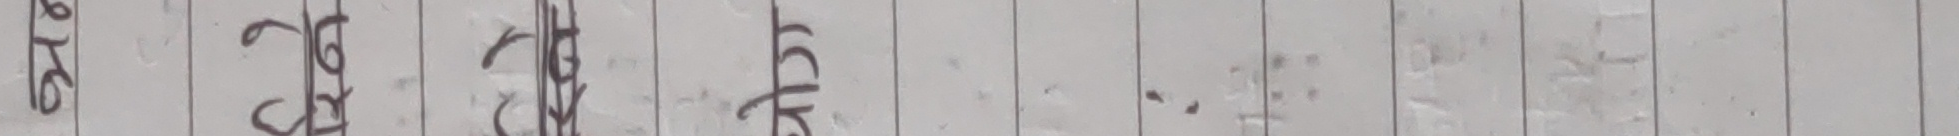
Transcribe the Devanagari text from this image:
ये श्र श्र श्र